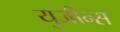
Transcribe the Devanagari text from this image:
युजीन्स